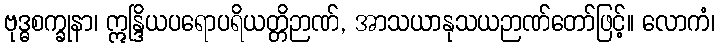
ဗုဒ္ဓစက္ခုနာ၊ ဣန္ဒြိယပရောပရိယတ္တိဉာဏ်, အာသယာနုသယဉာဏ်တော်ဖြင့်။ လောကံ၊